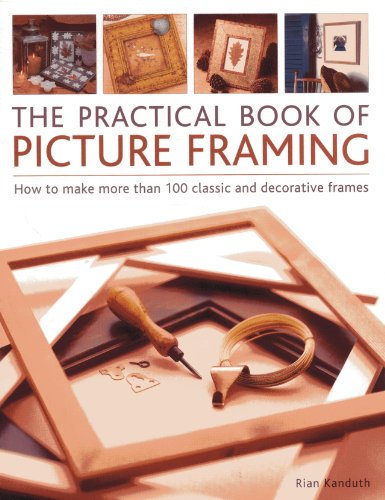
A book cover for Practical Book of Picture Framing: How To Make More Than 100 Classic And Decorative Frames; Rian Kanduth; Crafts, Hobbies & Home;